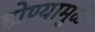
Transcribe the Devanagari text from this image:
होण्यामुळे